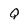
Character: Q